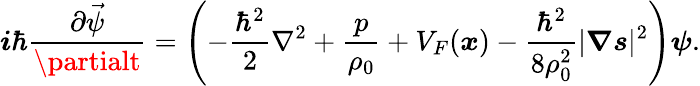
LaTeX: \boldsymbol{\mathit{i}}\hbar\frac{{\partial\vec{{\psi}}}}{{\partialt}}=\left(-\frac{{{\hbar}^{2}}}{{2}}\nabla^{2}+\frac{{p}}{{\rho_{0}}}+V_{F}(\boldsymbol{x})-\frac{{{\hbar}^{2}}}{{8\rho_{0}^{2}}}|\boldsymbol{\nabla}\boldsymbol{s}|^{2}\right)\boldsymbol{\psi}.